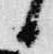
日